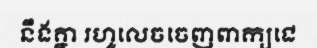
នឹងគ្នា រហូលេចចេញពាក្យជេ